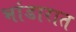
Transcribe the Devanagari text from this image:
भांडारात